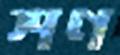
শণ